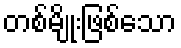
တစ်မျိုးဖြစ်သော